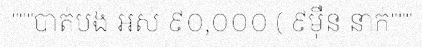
"""បាត់បង់ អស់ ៩០,០០០ ( ៩ម៉ឺន នាក់"""